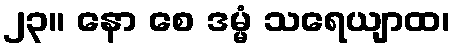
၂၃။ နော စေ ဒမ္မံ သရေယျာထ၊